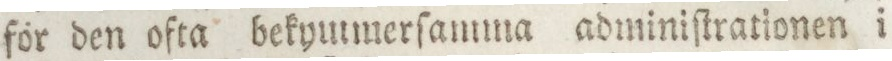
för den ofta bekymmerſamma adminiſtrationen i